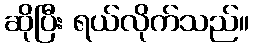
ဆိုပြီး ရယ်လိုက်သည်။